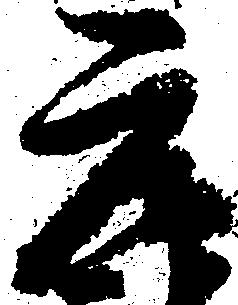
元